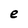
Character: e